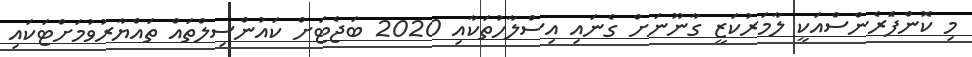
މި ކޮންފެަރެންސްއަކީ ލާމަރުކަޒީ ގާނޫނަށް ގެނައި އިސްލާހުތަކާއި 2020 ބަޖެޓަށް ކައުންސިލްތައް ތައްޔާރުވުމަށްޓަކައި